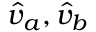
\hat { v } _ { a } , \hat { v } _ { b }